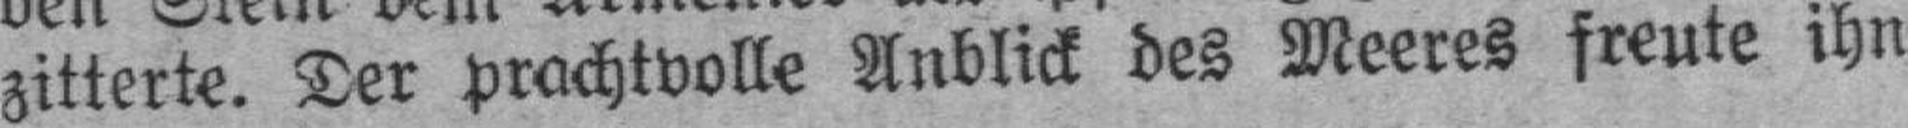
zitterte. Der prachtvolle Anblick des Meeres freute ihn